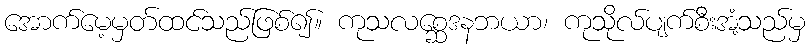
အောက်မေ့မှတ်ထင်သည်ဖြစ်၍။ ကုသလစ္ဆေဒနဘယာ၊ ကုသိုလ်ပျက်စီးအံ့သည်မှ